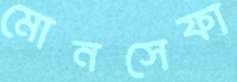
মোনসেফা